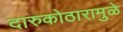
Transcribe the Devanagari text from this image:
दारुकोठारामुळे